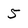
Character: 5